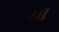
ચા